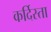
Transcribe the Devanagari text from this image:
कर्दिस्ता